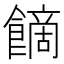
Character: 𩝿